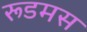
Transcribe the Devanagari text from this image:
रूडमस